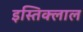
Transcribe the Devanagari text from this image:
इस्तिक्लाल